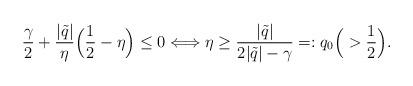
LaTeX: \begin{align*} \frac{\gamma}{2} +\frac{|\tilde{q}|}{\eta}\Big( \frac{1}{2}-\eta\Big) \leq 0 \Longleftrightarrow \eta \geq \frac{|\tilde{q}|}{2|\tilde{q}|-\gamma} =: q_0 \Big(>\frac{1}{2}\Big).\end{align*}